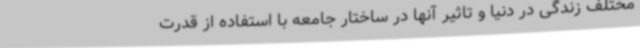
مختلف زندگی در دنیا و تاثیر آنها در ساختار جامعه با استفاده از قدرت